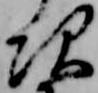
次